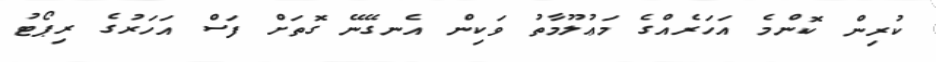
ކުރިން ކޮންމެ އަހަރެއްގެ މަޢުލޫމާތު ވަކިން އެނގޭނޭ ގޮތަށް ފަސް އަހަރުގެ ރިޕޯޓު